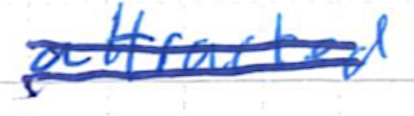
Text: attracted
Cross-out: double-line
Writing tool: ballpoint